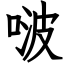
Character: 啵